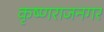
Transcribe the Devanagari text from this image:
कृष्णराजनगर